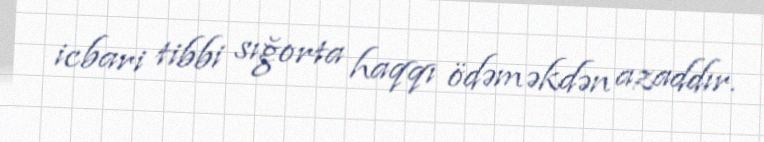
icbari tibbi sığorta haqqı ödəməkdən azaddır.